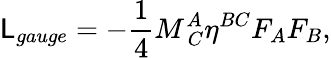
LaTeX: {\cal\mathsf{L}}_{gauge}=-{\frac{{1}}{{4}}}M_{\ C}^{A}\eta^{BC}F_{A}F_{B},